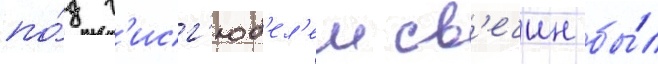
по́д г'исг'юб'ел'ем св'ечин бы́л